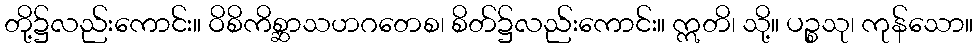
တို့၌လည်းကောင်း။ ဝိစိကိစ္ဆာသဟဂတေစ၊ စိတ်၌လည်းကောင်း။ ဣတိ၊ သို့။ ပဉ္စသု၊ ကုန်သော။